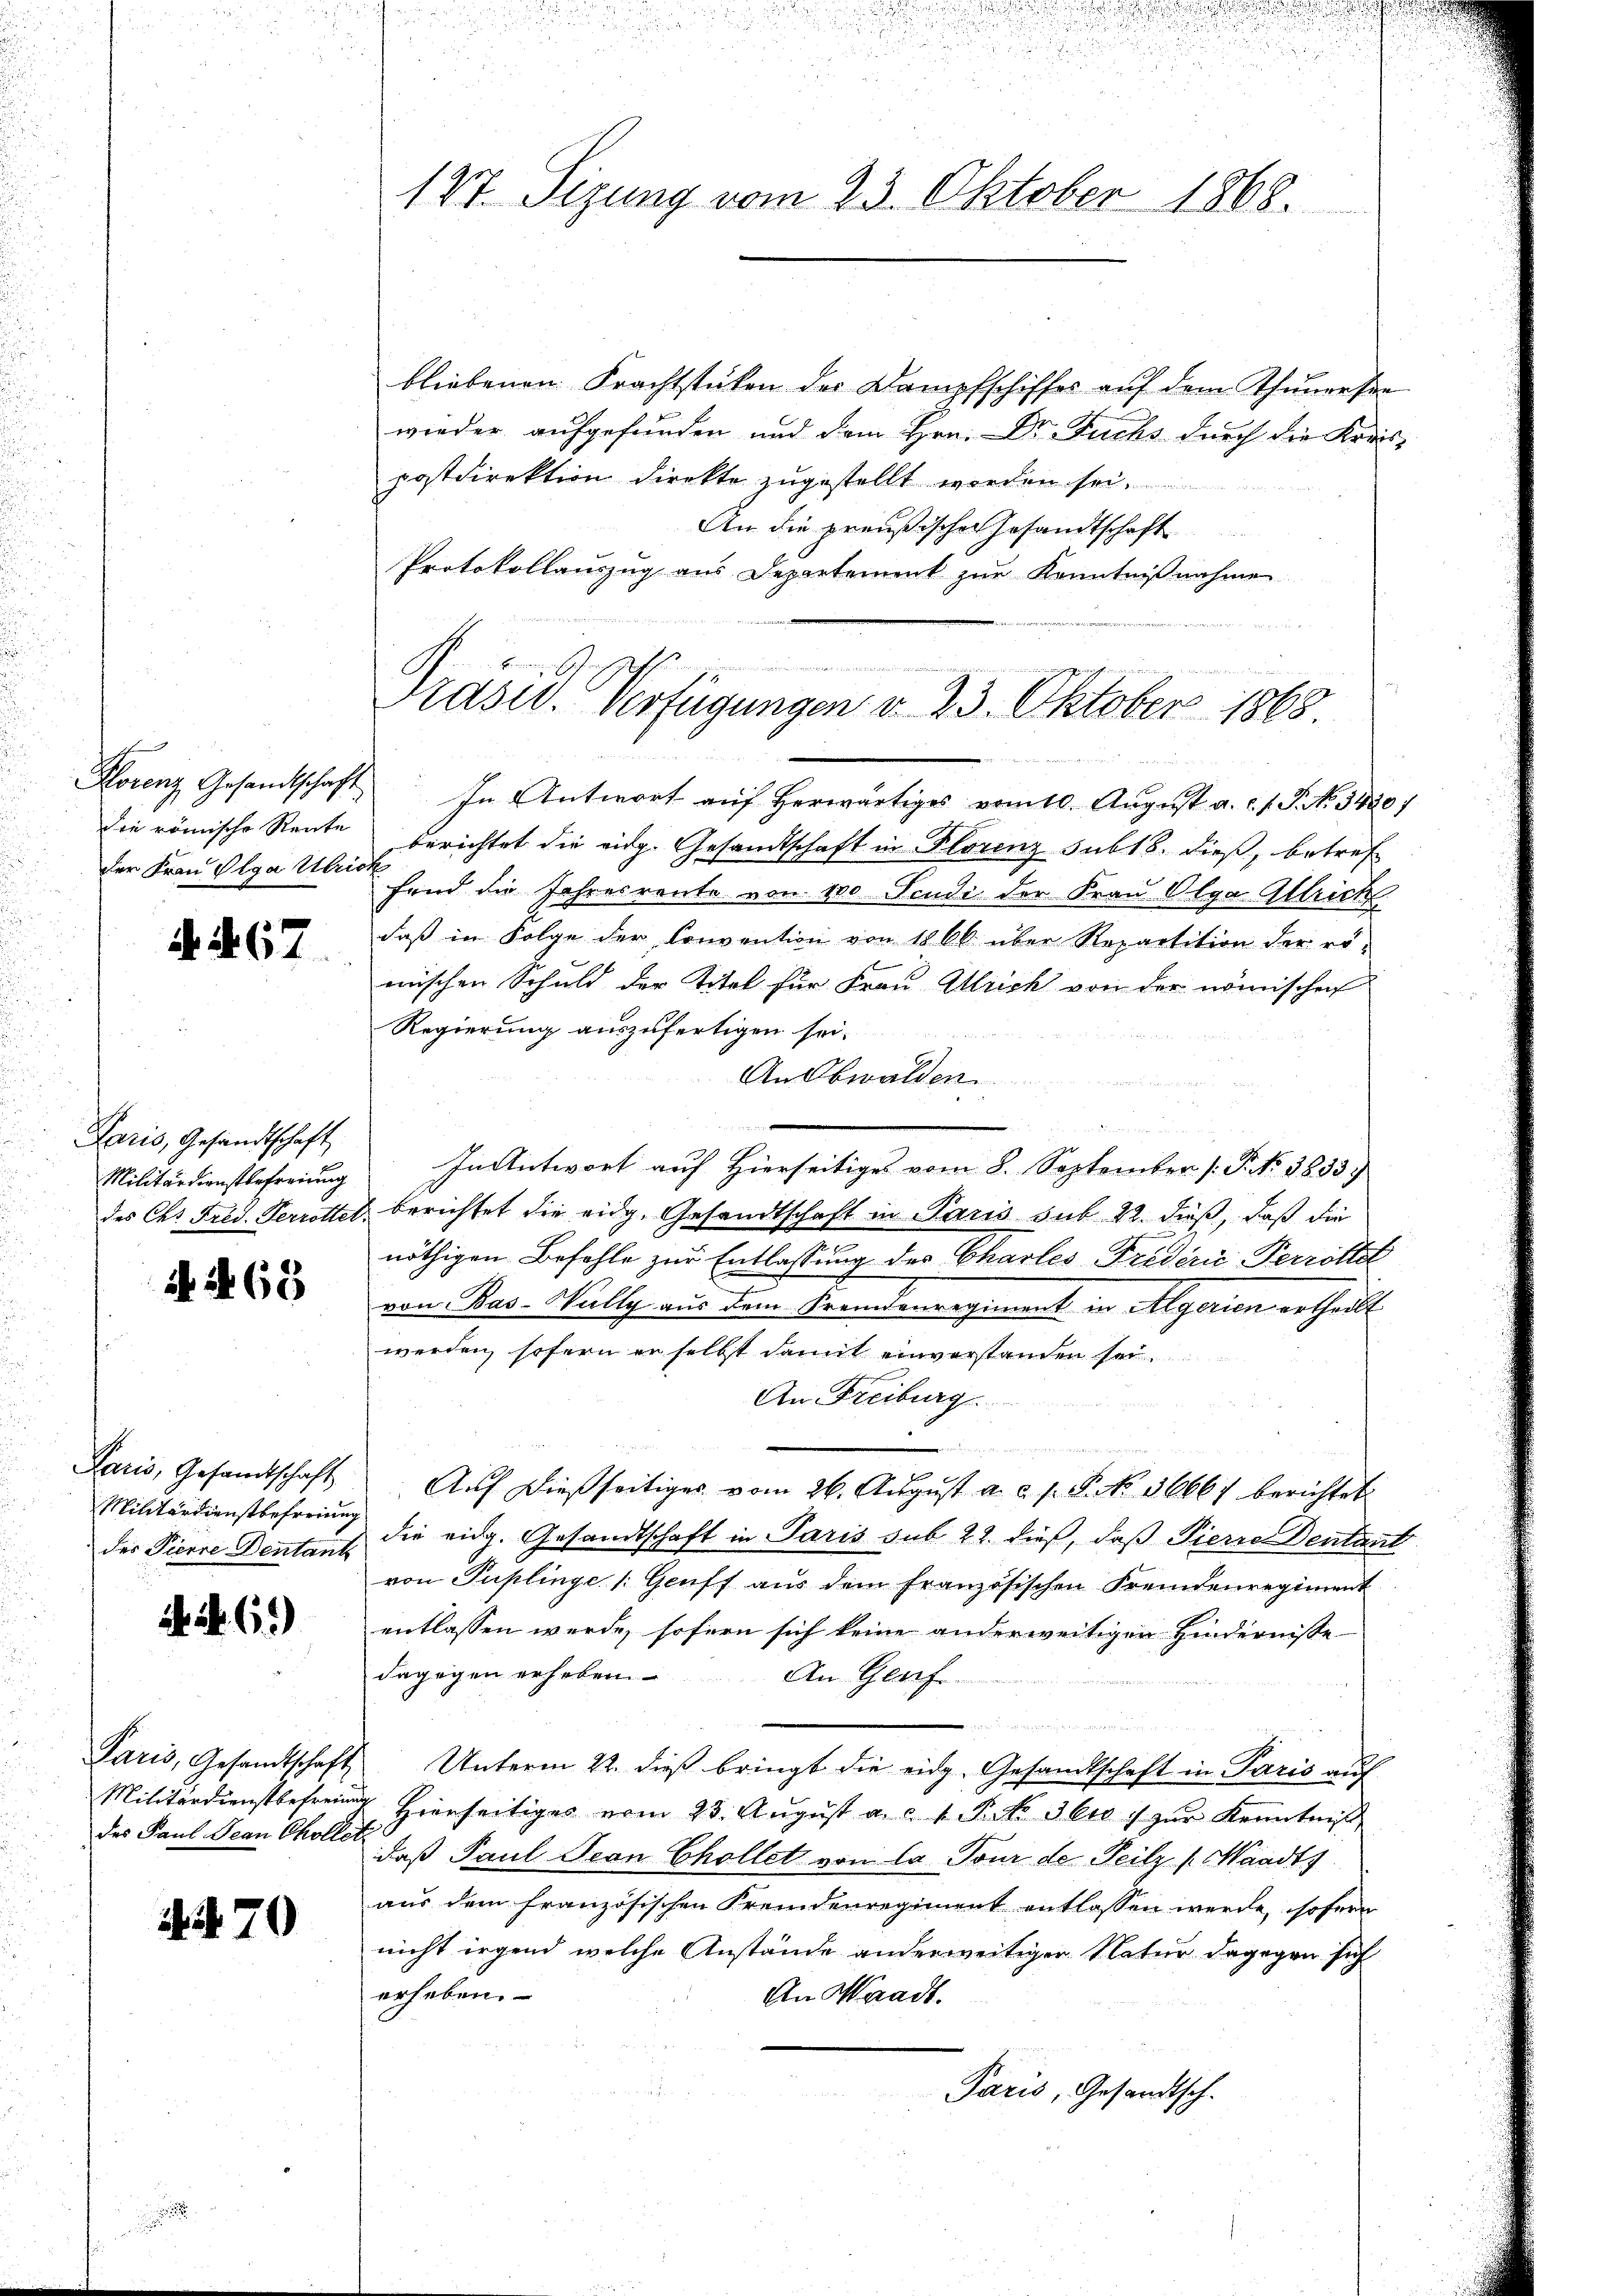
der Frau Olga Ulrick

4. 467

Paris, Gesandtschaft
Militärdienstbefreiung

i. S. 63

Paris, Gesandtschaft
Militärdienstbefreiung
des Pierre Dentant

6)

Paris, Gesandtschaft
des Paul Jean Chöller

1. 70

No. 20
127. Sizung vom 23. Oktober 1868.

Präsid. Verfügungen v. 23. Oktober 1865.
1

bliebenen Frachtstücken der Dampfschiffes aŭf dem Thunersee
wieder aufgefunden und dem Hrn. Dr. Fuchs durch die Kreis-
postdirektion direkte zugestellt worden sei.
An die preußischer Gesandtschaft
Protokollauszug aus Departement zur Kenntnißnahme
Florenz Gesandtschaft. In Antwort aŭf herwärtiges vom 10. Aŭgŭst a. c. f. J. No. 1430)
die römische Rente berichtet die eidg. Gesandtschaft in Florenz sub 18. dieß, betref
fand die Jahresrente von 100 Fendi der Frau Olga Allrich
daß in Folge der Convention von 1866 über Repartition der rö-
erischen Schuld der Titel für Frau Mich von der nomischen
Regierung auszufertigen sei.
An Obwalden

In Antwort auf Hierseitiges vom 8. September (: P. Nr. 3833.
des Chr. Fred. Perrottet, berichtet die eidg. Gesandtschaft in Paris sub. 22. dieß, daß die
nöthigen Befehle zur Entlassung des Charles Friderić -Perrottet
von Bas-Wully aus dem Fremdenregiment in Algerien ertheilt.
werden, sofern er selbst damit einverstanden sei
An Freiburg
Auf dießseitiges vom 26. August a. a. p. P. No. 36667 berichtet
die eidg. Gesandtschaft in Paris sub 22. dieß, daß Pierre Dentant
von Puplinge (Gruff aus dem französischen Fremdenregiment
entlassen werde, sofern sich keine anderweitigen Hindernisse
dagegen erheben
An Graf
Unterm 22. dieß bringt die eidg. Gesandtschaft in Paris auf
Militärdienstbefreung hierseitiges vom 23. Aŭgŭst a. c. v. P. Nr. 360. zŭr Kenntniß
daß Paul Jean Chollet von la Tour de Teilz (Waadts
aus dem französischen Fremdenregiment entlassen werde, sofern
nicht irgend welche Anstände anderweitiger Natur dagegen sich
erheben.
An Waadt.
Paris, Gesandtsch.